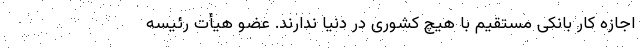
اجازه کار بانکی مستقیم با هیچ کشوری در دنیا ندارند. عضو هیأت رئیسه